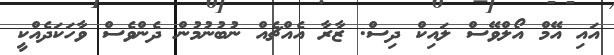
އައި އޭމް އޯލްވޭސް ލައިކް ދިސް. ޒާރާ އެއްޗެއް ނުބުނުމުން ދެންވެސް ވާހަކަދެއްކީ